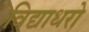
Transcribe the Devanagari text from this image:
विद्याधरो